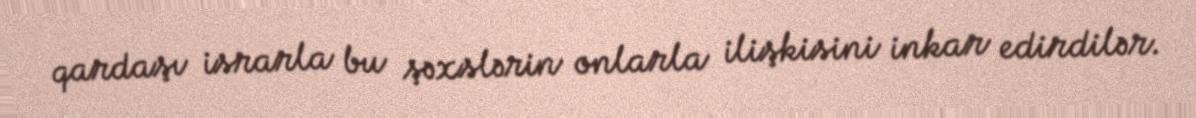
qardaşı israrla bu şəxslərin onlarla ilişkisini inkar edirdilər.